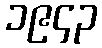
၁၉၄၃